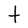
Character: t